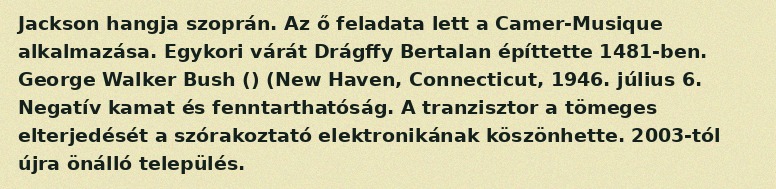
Jackson hangja szoprán. Az ő feladata lett a Camer-Musique alkalmazása. Egykori várát Drágffy Bertalan építtette 1481-ben. George Walker Bush () (New Haven, Connecticut, 1946. július 6. Negatív kamat és fenntarthatóság. A tranzisztor a tömeges elterjedését a szórakoztató elektronikának köszönhette. 2003-tól újra önálló település.